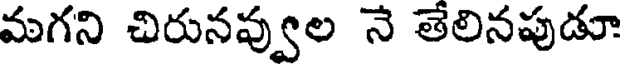
మగని చిరునవ్వుల నే తేలినపుడూ